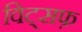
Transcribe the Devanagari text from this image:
विट्सफ़